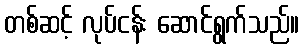
တစ်ဆင့် လုပ်ငန်း ဆောင်ရွက်သည်။